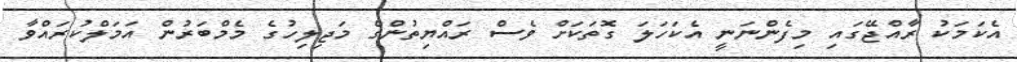
އެކަމަކު ރާއްޖޭގައި މިފެންނަނީ އެކަހަލަ ގޮތަކަށް ވެސް ރައްޔިތުންގެ މަޖިލިހުގެ މެމްބަރުން އަމަލްކުރައްވާ